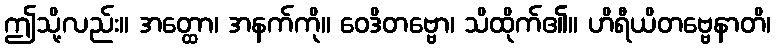
ဤသို့လည်း။ အတ္ထော၊ အနက်ကို။ ဝေဒိတဗ္ဗော၊ သိထိုက်၏။ ဟိရီယိတဗ္ဗေနာတိ၊